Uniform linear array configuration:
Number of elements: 12
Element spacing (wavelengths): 0.25
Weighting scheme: cosine
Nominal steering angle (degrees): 15
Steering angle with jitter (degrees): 14.762
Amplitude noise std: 0.05
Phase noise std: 0.05

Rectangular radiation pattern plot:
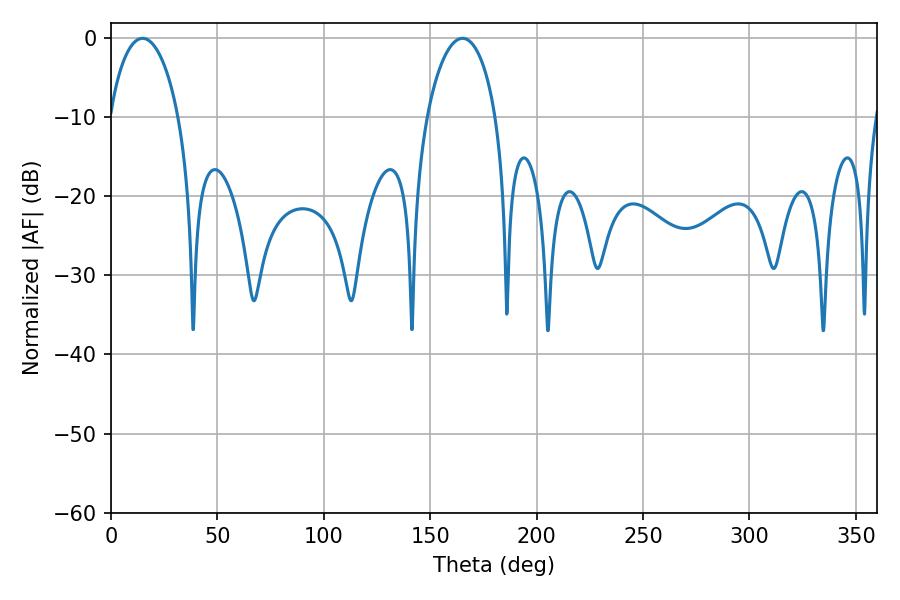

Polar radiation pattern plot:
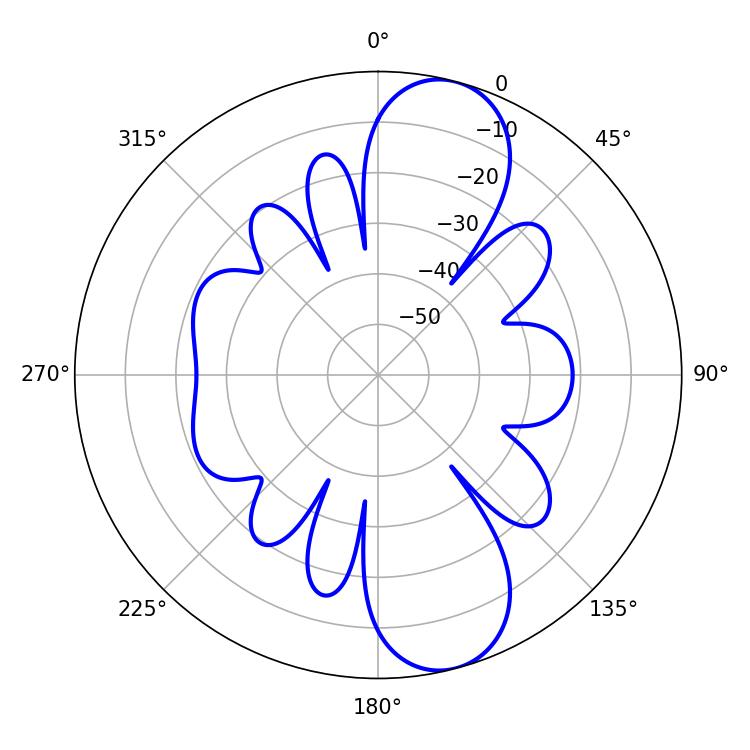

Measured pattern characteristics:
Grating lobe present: FALSE
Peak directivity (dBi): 10.612
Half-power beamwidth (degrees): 18.54
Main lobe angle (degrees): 14.76